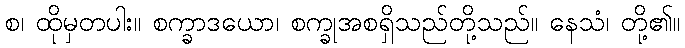
စ၊ ထိုမှတပါး။ စက္ခာဒယော၊ စက္ခုအစရှိသည်တို့သည်။ နေသံ၊ တို့၏။